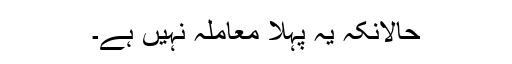
حالانکہ یہ پہلا معاملہ نہیں ہے۔